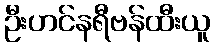
ဦးဟင်နရီဗန်ထီးယူ